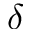
\delta